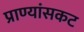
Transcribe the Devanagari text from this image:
प्राण्यांसकट